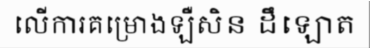
លើការគម្រោងឡឺសិន ដឹឡោត